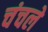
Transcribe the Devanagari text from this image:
चंचले